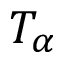
T _ { \alpha }